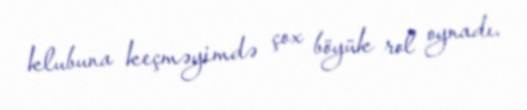
klubuna keçməyimdə çox böyük rol oynadı.